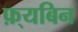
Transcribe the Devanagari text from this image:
फ़्यबिन